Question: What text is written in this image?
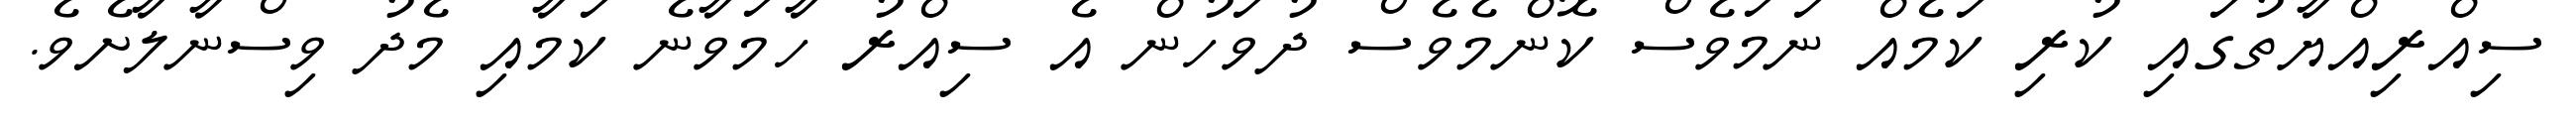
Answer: ސިއްރިއްޔާތުގައި ކުރި ކަމެއް ނަމަވެސް ކޮންމެވެސް ދުވަހުން އެ ސިއްރު ހާމަވާނެ ކަމާއި މެދު ވިސްނާލާށެވެ.